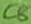
Text: C8